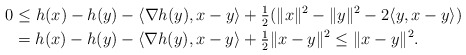
\begin{align*} 0&\leq h(x)-h(y)-\langle\nabla h(y),x-y\rangle+\tfrac{1}{2}(\|x\|^2-\|y\|^2-2\langle y,x-y\rangle)\\&=h(x)-h(y)-\langle\nabla h(y),x-y\rangle+\tfrac{1}{2}\|x-y\|^2\leq \|x-y\|^2.\end{align*}